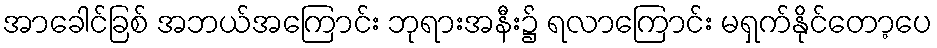
အာခေါင်ခြစ် အဘယ်အကြောင်း ဘုရားအနီး၌ ရလာကြောင်း မရှက်နိုင်တော့ပေ